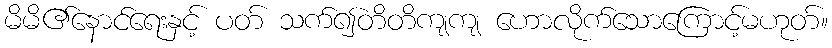
မိမိ၏နောင်ရေးနှင့် ပတ် သက်၍တိတိကျကျ ဟောလိုက်သောကြောင့်မဟုတ်။